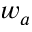
w _ { a }